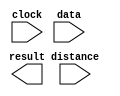
// megafunction wizard: %LPM_CLSHIFT%VBB%
// GENERATION: STANDARD
// VERSION: WM1.0
// MODULE: LPM_CLSHIFT 

// ============================================================
// Megafunction Name(s):
// 			LPM_CLSHIFT
//
// Simulation Library Files(s):
// 			
// ============================================================
// ************************************************************
// THIS IS A WIZARD-GENERATED FILE. DO NOT EDIT THIS FILE!
//
// 13.0.1 Build 232 06/12/2013 SP 1 SJ Full Version
// ************************************************************

//Copyright (C) 1991-2013 Altera Corporation
//Your use of Altera Corporation's design tools, logic functions 
//and other software and tools, and its AMPP partner logic 
//functions, and any output files from any of the foregoing 
//(including device programming or simulation files), and any 
//associated documentation or information are expressly subject 
//to the terms and conditions of the Altera Program License 
//Subscription Agreement, Altera MegaCore Function License 
//Agreement, or other applicable license agreement, including, 
//without limitation, that your use is for the sole purpose of 
//programming logic devices manufactured by Altera and sold by 
//Altera or its authorized distributors.  Please refer to the 
//applicable agreement for further details.

module lpm_clshift2 (
	clock,
	data,
	distance,
	result);

	input	  clock;
	input	[29:0]  data;
	input	  distance;
	output	[29:0]  result;

endmodule

// ============================================================
// CNX file retrieval info
// ============================================================
// Retrieval info: PRIVATE: INTENDED_DEVICE_FAMILY STRING "Cyclone III"
// Retrieval info: PRIVATE: LPM_SHIFTTYPE NUMERIC "0"
// Retrieval info: PRIVATE: LPM_WIDTH NUMERIC "30"
// Retrieval info: PRIVATE: SYNTH_WRAPPER_GEN_POSTFIX STRING "0"
// Retrieval info: PRIVATE: lpm_widthdist NUMERIC "1"
// Retrieval info: PRIVATE: lpm_widthdist_style NUMERIC "1"
// Retrieval info: PRIVATE: new_diagram STRING "1"
// Retrieval info: PRIVATE: port_direction NUMERIC "0"
// Retrieval info: LIBRARY: lpm lpm.lpm_components.all
// Retrieval info: CONSTANT: LPM_PIPELINE NUMERIC "1"
// Retrieval info: CONSTANT: LPM_SHIFTTYPE STRING "LOGICAL"
// Retrieval info: CONSTANT: LPM_TYPE STRING "LPM_CLSHIFT"
// Retrieval info: CONSTANT: LPM_WIDTH NUMERIC "30"
// Retrieval info: CONSTANT: LPM_WIDTHDIST NUMERIC "1"
// Retrieval info: USED_PORT: clock 0 0 0 0 INPUT NODEFVAL "clock"
// Retrieval info: USED_PORT: data 0 0 30 0 INPUT NODEFVAL "data[29..0]"
// Retrieval info: USED_PORT: distance 0 0 0 0 INPUT NODEFVAL "distance"
// Retrieval info: USED_PORT: result 0 0 30 0 OUTPUT NODEFVAL "result[29..0]"
// Retrieval info: CONNECT: @clock 0 0 0 0 clock 0 0 0 0
// Retrieval info: CONNECT: @data 0 0 30 0 data 0 0 30 0
// Retrieval info: CONNECT: @direction 0 0 0 0 GND 0 0 0 0
// Retrieval info: CONNECT: @distance 0 0 0 0 distance 0 0 0 0
// Retrieval info: CONNECT: result 0 0 30 0 @result 0 0 30 0
// Retrieval info: GEN_FILE: TYPE_NORMAL lpm_clshift2.v TRUE
// Retrieval info: GEN_FILE: TYPE_NORMAL lpm_clshift2.inc FALSE
// Retrieval info: GEN_FILE: TYPE_NORMAL lpm_clshift2.cmp FALSE
// Retrieval info: GEN_FILE: TYPE_NORMAL lpm_clshift2.bsf TRUE FALSE
// Retrieval info: GEN_FILE: TYPE_NORMAL lpm_clshift2_inst.v FALSE
// Retrieval info: GEN_FILE: TYPE_NORMAL lpm_clshift2_bb.v TRUE